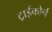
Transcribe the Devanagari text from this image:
ट्राईकोर्न